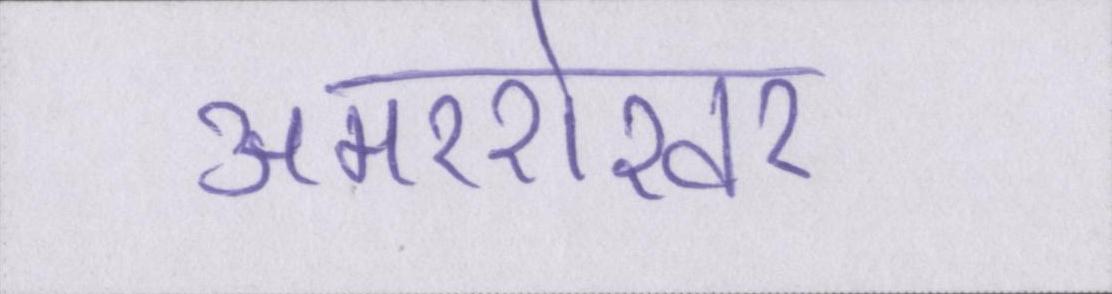
अमरशेखर